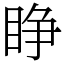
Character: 睁